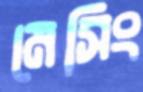
মেসিং